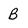
Character: B